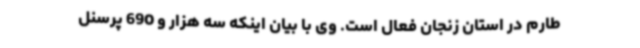
طارم در استان زنجان فعال است. وی با بیان اینکه سه هزار و 690 پرسنل